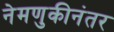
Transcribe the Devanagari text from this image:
नेमणुकीनंतर